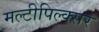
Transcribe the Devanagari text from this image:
मल्टीपिल्क्सर